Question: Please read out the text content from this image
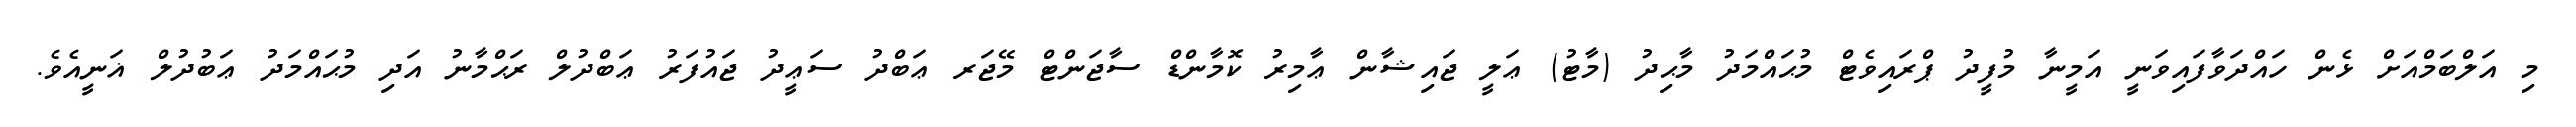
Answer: މި އަލްބަމްއަށް ޅެން ހައްދަވާފައިވަނީ އަމީނާ މުފީދު ޕްރައިވެޓް މުޙައްމަދު މާޙިދު (މާޓު) ޢަލީ ޖައިޝާން ޢާމިރު ކޮމާންޑް ސާޖަންޓް މޭޖަރ ޢަބްދު ސަޢީދު ޖައުފަރު ޢަބްދުލް ރަޙްމާނު އަދި މުޙައްމަދު ޢަބުދުލް ޣަނީއެވެ.